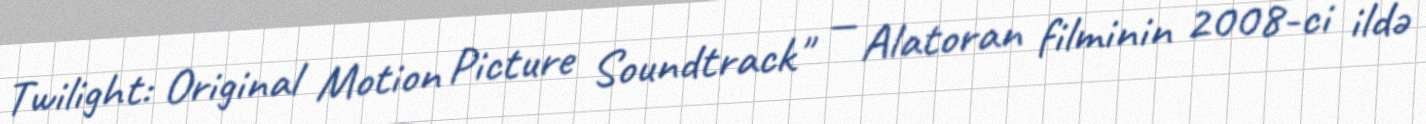
Twilight: Original Motion Picture Soundtrack" — Alatoran filminin 2008-ci ildə